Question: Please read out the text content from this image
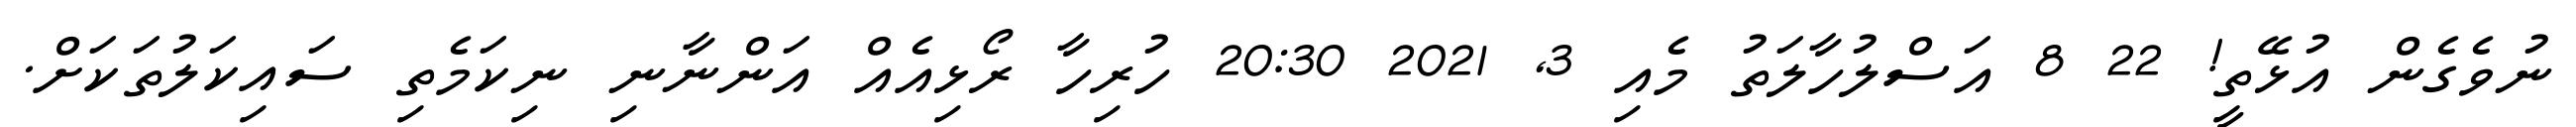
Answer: ނުވެގެން އުޅޭތީ! 22 8 އަސްލުހާލަތު މެއި 3, 2021 20:30 ހުރިހާ ރޯޅިއެއް އަންނާނި ނިކަމެތި ސައިކަލުތަކަށް.